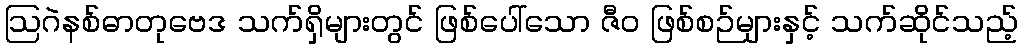
ဩဂဲနစ်ဓာတုဗေဒ သက်ရှိများတွင် ဖြစ်ပေါ်သော ဇီဝ ဖြစ်စဉ်များနှင့် သက်ဆိုင်သည့်